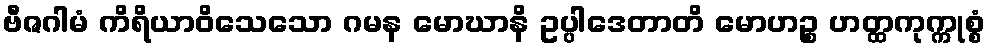
ဗီဇဂါမံ ကိရိယာဝိသေသော ဂမန မောဃာနိ ဥပ္ပါဒေတာတိ မောဟဉ္စ ဟတ္ထကုက္ကုစ္စံ